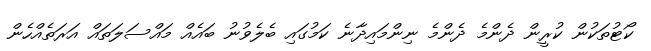
ކޯޓުތަކުން ކުރީން ދެންމެ ދެންމެ ނިންމައިދާނެ ކަމުގައި ބެލެވުނު ބައެއް މައްސަލަތައް އަރަތެއްހެން